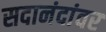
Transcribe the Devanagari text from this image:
सदानंदांवर